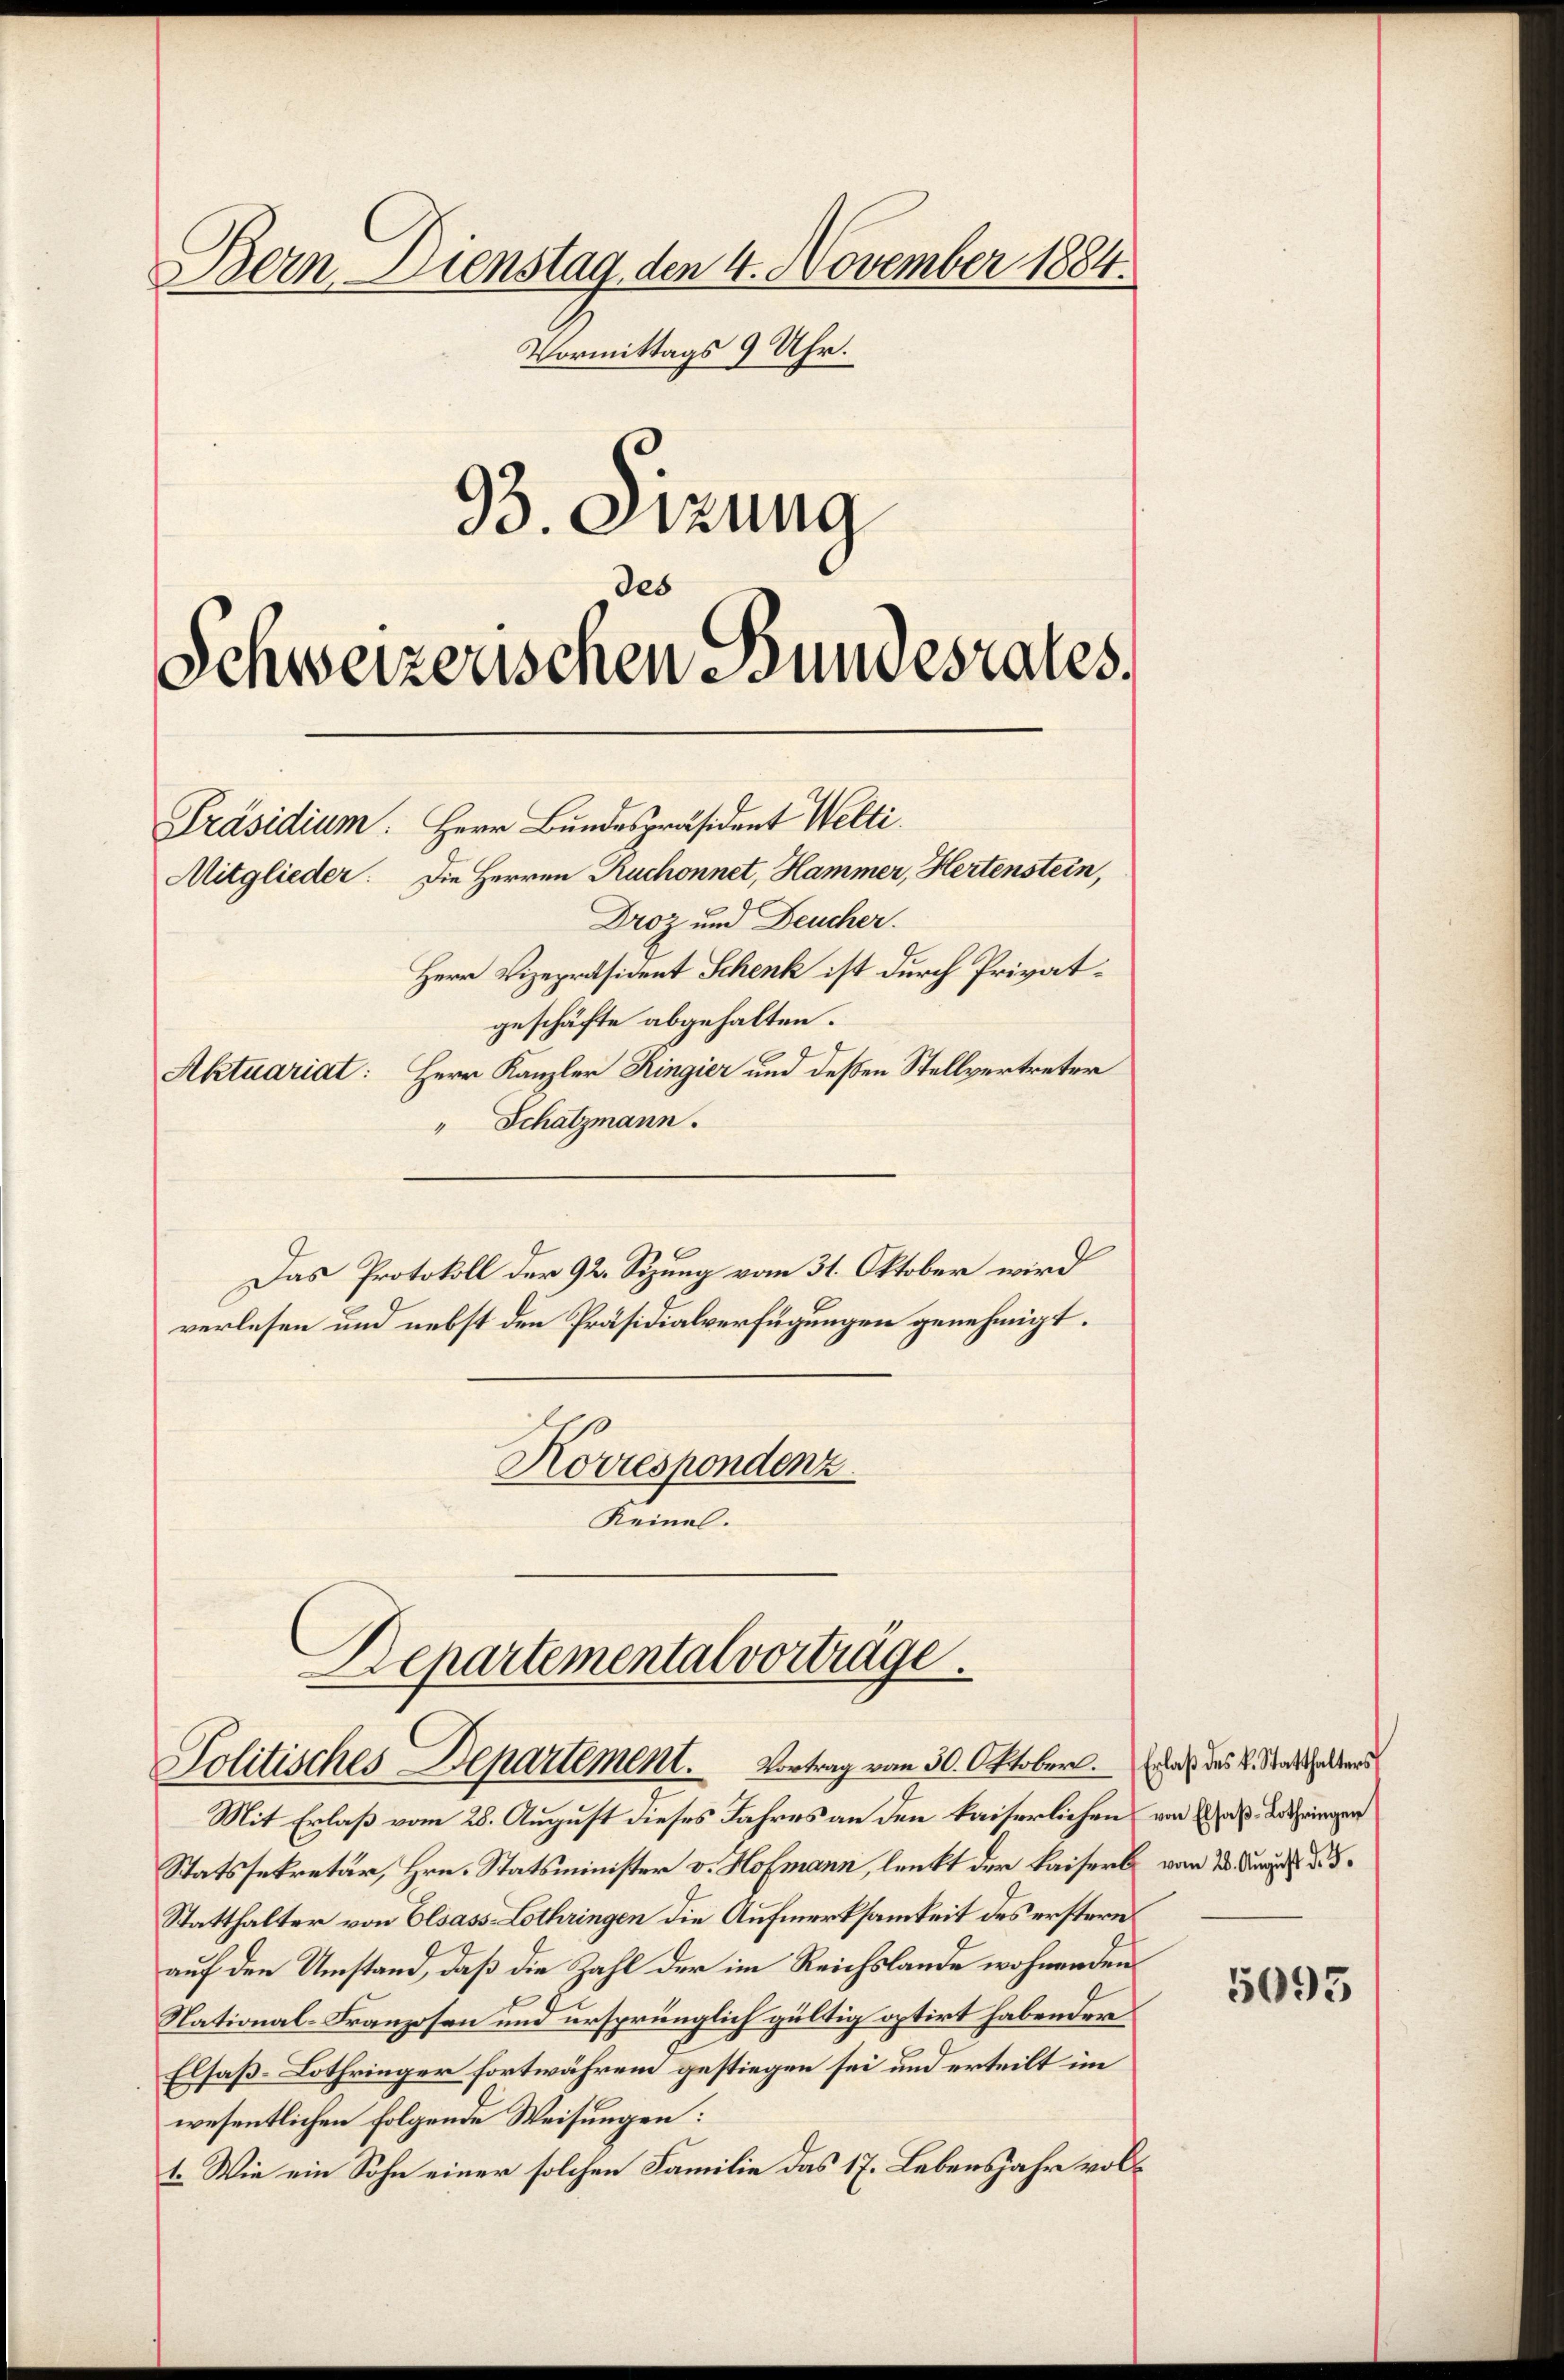
geschäfte abgehalten.
Aktuariat: Herr Kanzler Ringier und deßen Stellvertreter
" Schatzmann.

Bern. Dienstag, den 4. November 1884.
Vormittags 9 Uhr.
93. Stzung
des
Schweizerischen Bundesrates
Präsidium: Herr Bundespräsident Welti.
Mitglieder. Die Herren Ruchonnet, Hammer, Hertenstein,
Droz und Deucher.
Herr Vizepräsident Schenk ist durch Privat¬

Das Protokoll der 92. Sizung vom 31. Oktober wird
verlesen und nebst den Präsidialverfügungen genehmigt.
Korrespondenz
Keinel.

Departemental vorträge.
Politisches Departement. Vortrag vom 30. Oktober. Er das L. Statthalter

Mit Erlaß vom 28. August dieses Jahres an den kaiserlichen von das dringen
Statssekretär, Hrn. Statsminister v. Hofmann, lenkt der Kaisers vom 23. dur
Statthalter von Elsass-Lothringen die Aufmerksamkeit des erstern
auf den Umstand, daß die Zahl der im Reichslande wohnenden
National-Kranzosen und ursprünglich gültig optirt habender
Elsaß-Lothringer fortwährend gestiegen sei und erteilt im
wesentlichen folgende Weisungen:
t. Wie ein Sohn einer solchen Familie das 17. Lebensjahr vol¬

5095